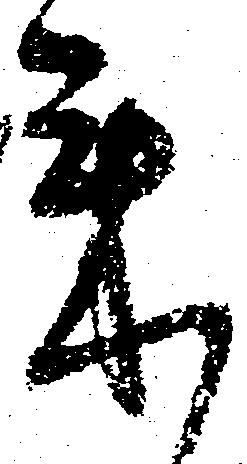
来